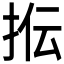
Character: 𰓠